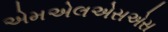
એમએલએસએસ